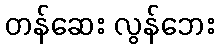
တန်ဆေး လွန်ဘေး